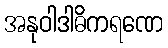
အနုဝါဒါဓိကရဏေ